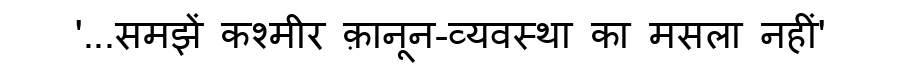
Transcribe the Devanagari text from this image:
'...समझें कश्मीर क़ानून-व्यवस्था का मसला नहीं'